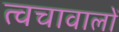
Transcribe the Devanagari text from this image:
त्वचावालों